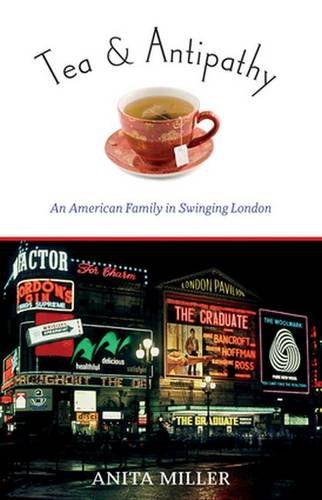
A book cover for Tea & Antipathy: An American Family in Swinging London; Anita Miller; Travel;